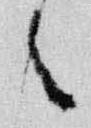
々